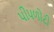
પીપળોટી